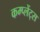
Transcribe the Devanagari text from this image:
कम्प्लेंट्स